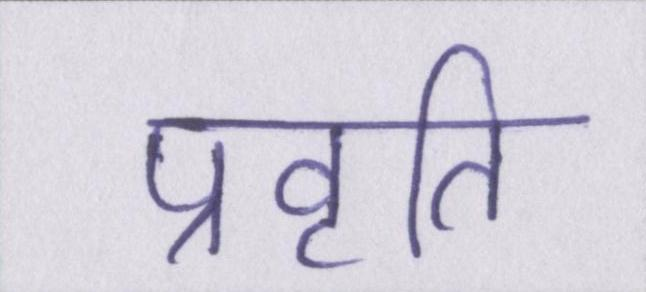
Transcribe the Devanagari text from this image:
प्रवृति